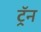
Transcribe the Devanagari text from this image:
ट्रॅन